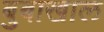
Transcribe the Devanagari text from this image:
बुबाखाल